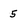
Character: 5